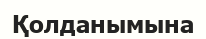
Қолданымына